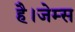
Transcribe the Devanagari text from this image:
है।जेम्स